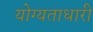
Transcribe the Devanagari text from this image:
योग्यताधारी